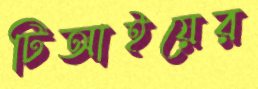
টিআইয়ের